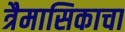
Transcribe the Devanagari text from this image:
त्रैमासिकाचा